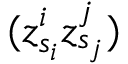
( z _ { s _ { i } } ^ { i } z _ { s _ { j } } ^ { j } )